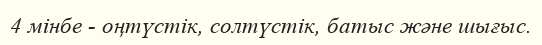
4 мінбе - оңтүстік, солтүстік, батыс және шығыс.